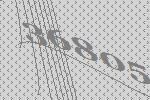
36805